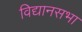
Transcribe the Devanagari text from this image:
विद्यानसभा